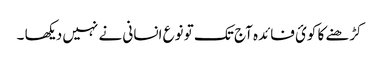
کڑھنے کا کوئ فائدہ آج تک تو نوع انسانی نے نہیں دیکھا ۔